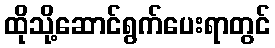
ထိုသို့ဆောင်ရွက်ပေးရာတွင်